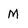
Character: M